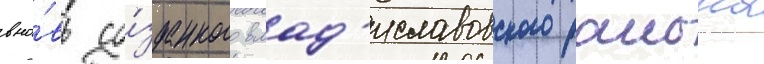
вно́вь со́зданного влад'иславовского раиона